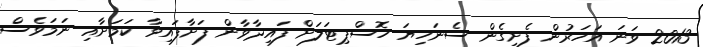
2013 ވަނަ އަހަރުން ފެށިގެން ސެނަހިޔަ ހޮސްޕިޓަލަށް ފައިދާވާން ފަށާފައިވާ ކަމަށާއި ނަމަވެސް